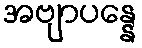
အဗျာပန္နေ